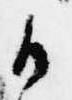
候